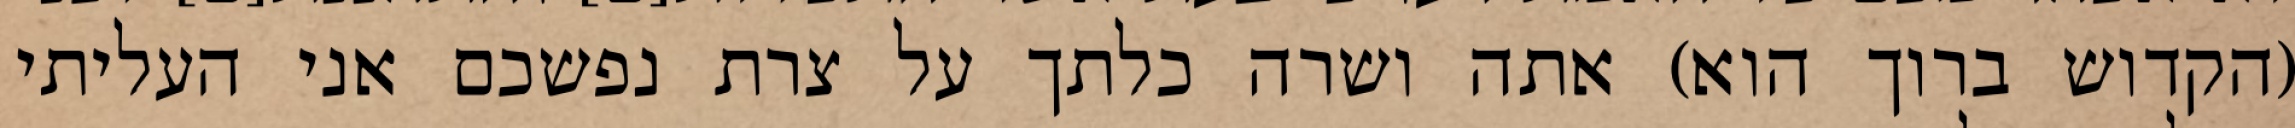
(הקדוש ברוך הוא) אתה ושרה כלתך על צרת נפשכם אני העליתי